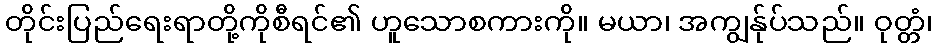
တိုင်းပြည်ရေးရာတို့ကိုစီရင်၏ ဟူသောစကားကို။ မယာ၊ အကျွန်ုပ်သည်။ ဝုတ္တံ၊